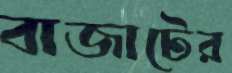
বাজাটের